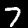
Label: 7